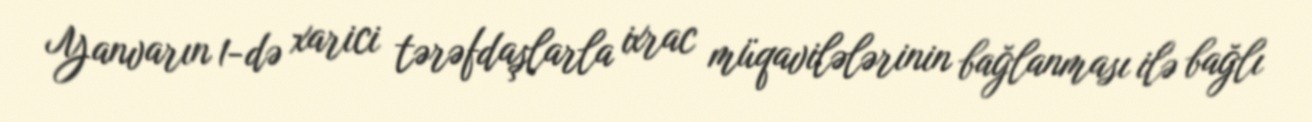
Yanvarın 1-də xarici tərəfdaşlarla ixrac müqavilələrinin bağlanması ilə bağlı